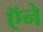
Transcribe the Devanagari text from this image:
ऍने